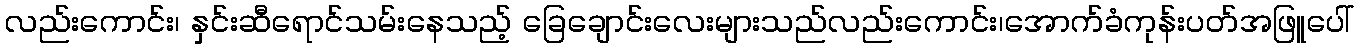
လည်းကောင်း၊ နှင်းဆီရောင်သမ်းနေသည့် ခြေချောင်းလေးများသည်လည်းကောင်း၊အောက်ခံကုန်းပတ်အဖြူပေါ်